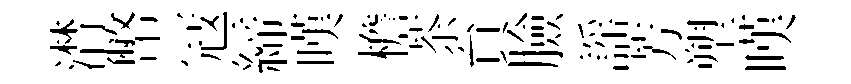
潸幣冦締嘆檐茶貟臉謡芳塑嘆